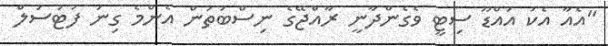
"އެއާ އެކު އައްޑޫ ސިޓީ ވެގެންދާނީ ރާއްޖޭގެ ނިސްބަތުން އެންމެ ގިނަ ފުޓުސަލް